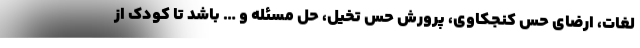
لغات، ارضای حس کنجکاوی، پرورش حس تخیل، حل مسئله و … باشد تا کودک از